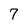
Character: 7